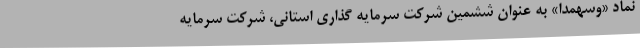
نماد «وسهمدا» به عنوان ششمین شرکت سرمایه گذاری استانی، شرکت سرمایه